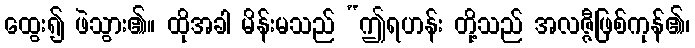
ထွေး၍ ဖဲသွား၏။ ထိုအခါ မိန်းမသည် “ဤရဟန်း တို့သည် အလဇ္ဇီဖြစ်ကုန်၏၊